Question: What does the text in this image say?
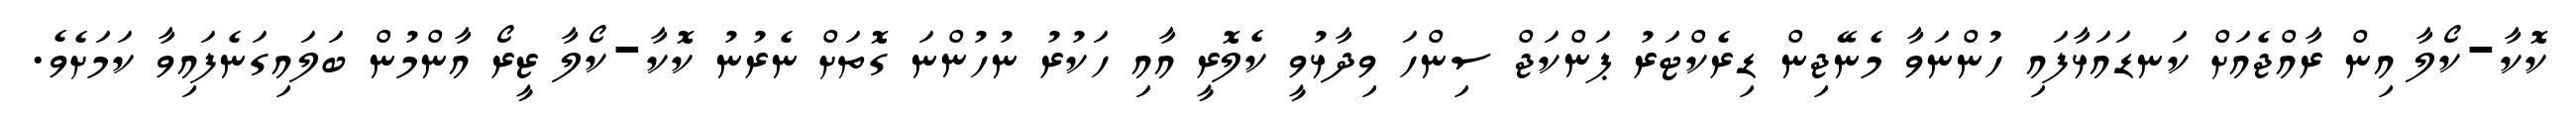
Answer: ކޮކާ-ކޯލާ އިން ރާއްޖެއަށް ކަނޑައަޅާފައި ހުންނަވާ މެނޭޖިން ޑިރެކްޓަރު ޕަންކަޖް ސިންހަ ވިދާޅުވީ ކެލޮރީ އާއި ހަކުރު ނުހުންނަ ގޮތަށް ނެރުނު ކޮކާ-ކޯލާ ޒީރޯ އާންމުން ބަލައިގަނެފައިވާ ކަމަށެވެ.